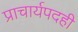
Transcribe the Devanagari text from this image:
प्राचार्यपदही